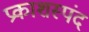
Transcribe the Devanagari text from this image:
प्रकाशस्पंद